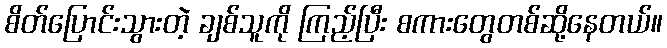
စိတ်ပြောင်းသွားတဲ့ ချစ်သူကို ကြည့်ပြီး စကားတွေတစ်ဆို့နေတယ်။